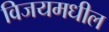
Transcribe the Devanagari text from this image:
विजयमधील